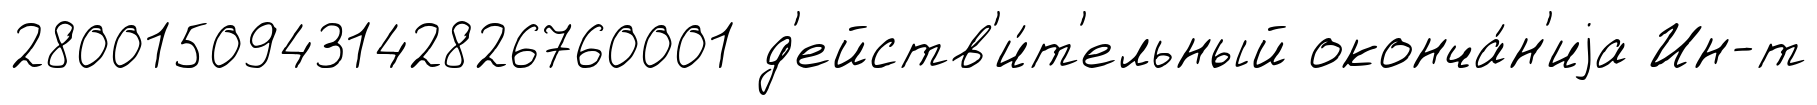
2800150943142826760001 д'ейств'и́т'ельный оконча́н'иjа Ин-т